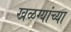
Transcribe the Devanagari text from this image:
खळग्यांच्या